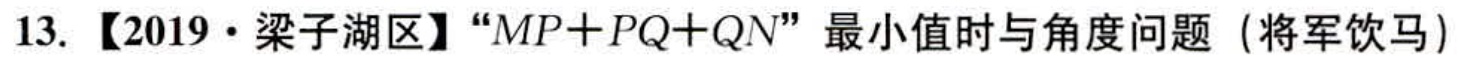
13. 【2019·梁子湖区】“\(MP + PQ + QN\)”最小值时与角度问题（将军饮马）